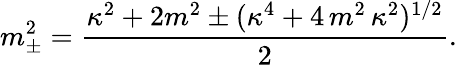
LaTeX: m_{\pm}^{2}=\frac{\kappa^{2}+2m^{2}\pm(\kappa^{4}+4\, m^{2}\, \kappa^{2})^{1/2}}{2}.